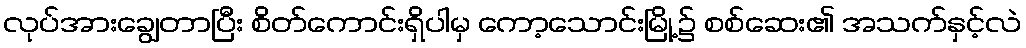
လုပ်အားချွေတာပြီး စိတ်ကောင်းရှိပါမှ ကော့သောင်းမြို့၌ စစ်ဆေး၏ အသက်နှင့်လဲ